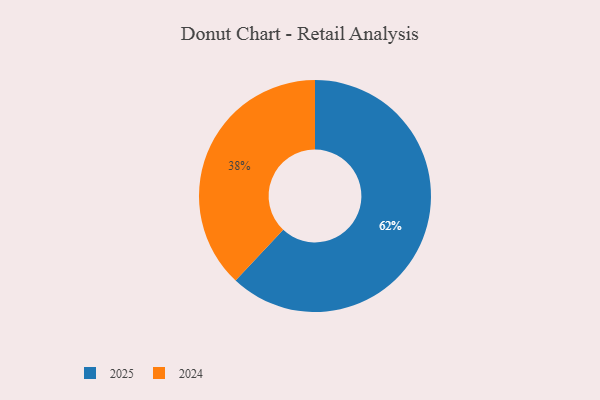
{"axis": {"x": "Category", "y": "Percentage"}, "legend": ["2024", "2025"], "data": [{"x": "2025", "y": 62, "type": "2025"}, {"x": "2024", "y": 38, "type": "2024"}]}